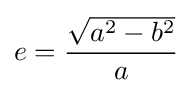
e={\frac {\sqrt {a^{2}-b^{2}}}{a}}